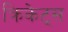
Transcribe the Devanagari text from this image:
क्रिकेट्स